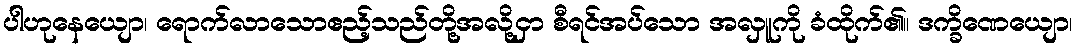
ပါဟုနေယျော၊ ရောက်လာသောဧည့်သည်တို့အလို့ငှာ စီရင်အပ်သော အလှူကို ခံထိုက်၏။ ဒက္ခိဏေယျော၊